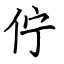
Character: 佇